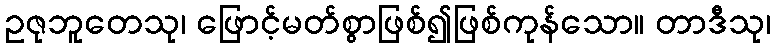
ဥဇုဘူတေသု၊ ဖြောင့်မတ်စွာဖြစ်၍ဖြစ်ကုန်သော။ တာဒီသု၊